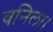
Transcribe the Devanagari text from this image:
वनिला।